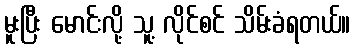
မူးပြီး မောင်းလို့ သူ့ လိုင်စင် သိမ်းခံရတယ်။